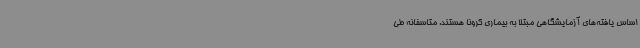
اساس یافته‌های آزمایشگاهی مبتلا به بیماری کرونا هستند. متاسفانه طی